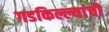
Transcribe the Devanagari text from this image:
गडकिल्ल्यांची